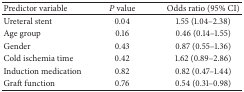
| Predictor variable | P value | Odds ratio (95% CI) |
 | --- | --- | --- |
 | Ureteral stent | 0.04 | 1.55 (1.04–2.38) |
 | Age group | 0.16 | 0.46 (0.14–1.55) |
 | Gender | 0.43 | 0.87 (0.55–1.36) |
 | Cold ischemia time | 0.42 | 1.62 (0.89–2.86) |
 | Induction medication | 0.82 | 0.82 (0.47–1.44) |
 | Graft function | 0.76 | 0.54 (0.31–0.98) |